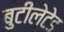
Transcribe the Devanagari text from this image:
बुटीलेटेड